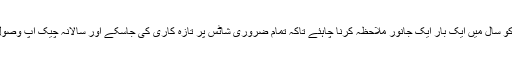
آپ کے کتے کو سال میں ایک بار ایک جانور ملاحظہ کرنا چاہئے تاکہ تمام ضروری شاٹس پر تازہ کاری کی جاسکے اور سالانہ چیک اپ وصول کیا جاسکے۔